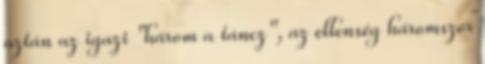
aztán az igazi "három a táncz", az ellenség háromszor